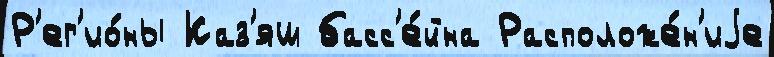
Р'ег'ио́ны Каз'яш басс'е́йна Расположе́н'иjе